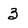
Character: 3